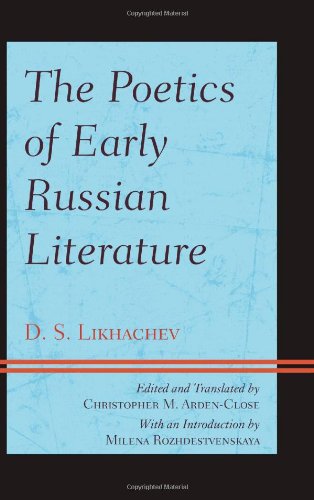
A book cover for The Poetics of Early Russian Literature; D.S. Likhachev; Literature & Fiction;